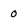
Character: 0